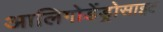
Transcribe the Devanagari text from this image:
आलिगोडेंड्रोसाइट